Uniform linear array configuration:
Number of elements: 24
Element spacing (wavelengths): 0.75
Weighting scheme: uniform
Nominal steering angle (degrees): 0
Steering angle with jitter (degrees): -0.9609
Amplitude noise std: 0.05
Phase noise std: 0.05

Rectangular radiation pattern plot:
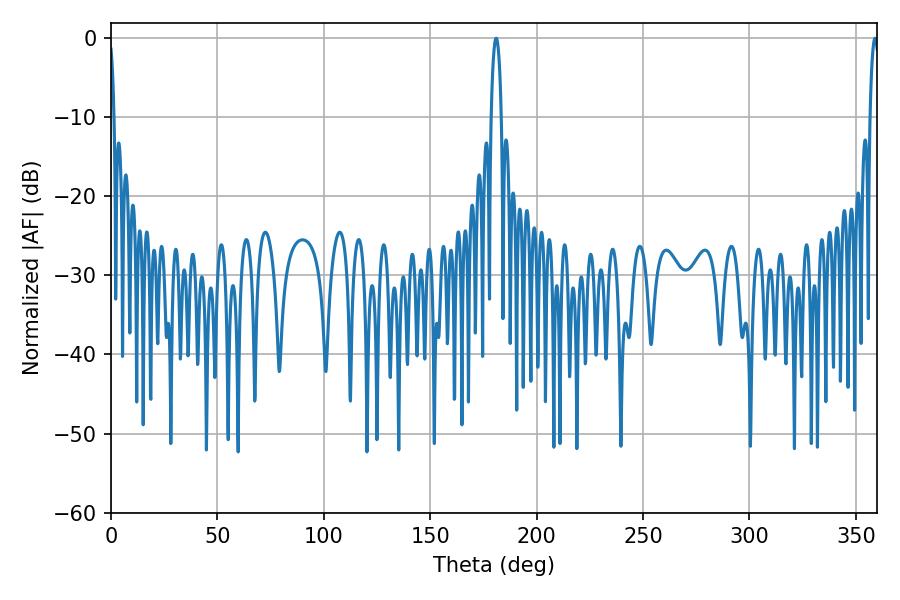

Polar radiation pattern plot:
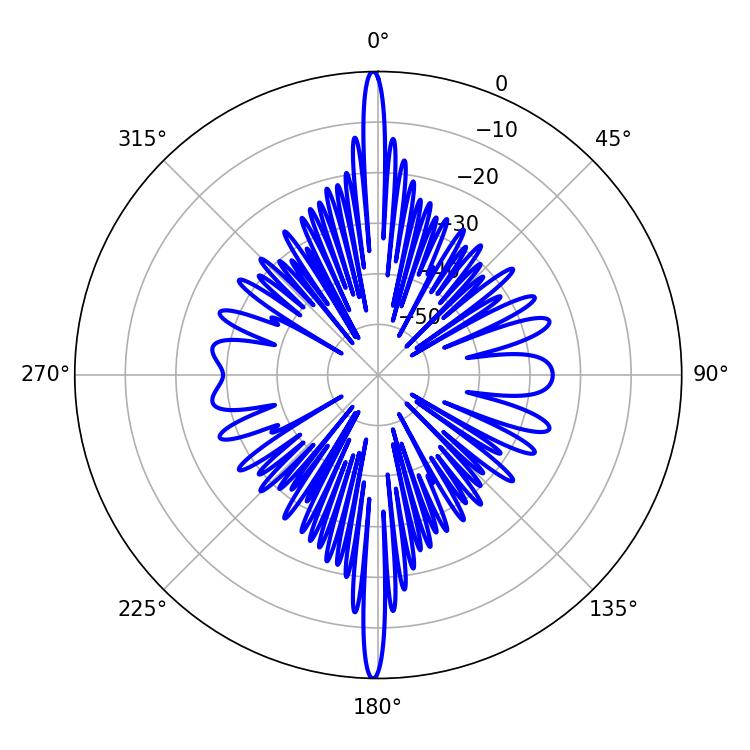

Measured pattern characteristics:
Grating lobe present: TRUE
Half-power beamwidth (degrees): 2.7
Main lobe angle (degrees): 180.9